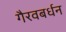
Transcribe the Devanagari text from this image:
गैरवबर्धन